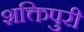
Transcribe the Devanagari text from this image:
शक्तिपुरी